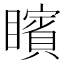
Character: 矉